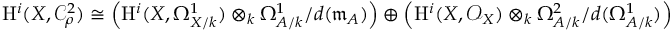
\mathrm { H } ^ { i } ( X , \mathcal { C } _ { \rho } ^ { 2 } ) \cong \left( \mathrm { H } ^ { i } ( X , \Omega _ { X / k } ^ { 1 } ) \otimes _ { k } \Omega _ { A / k } ^ { 1 } / d ( \mathfrak { m } _ { A } ) \right) \oplus \left( \mathrm { H } ^ { i } ( X , \mathcal { O } _ { X } ) \otimes _ { k } \Omega _ { A / k } ^ { 2 } / d ( \Omega _ { A / k } ^ { 1 } ) \right)